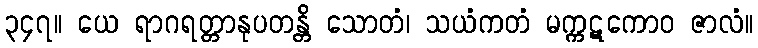
၃၄၇။ ယေ ရာဂရတ္တာနုပတန္တိ သောတံ၊ သယံကတံ မက္ကဋကောဝ ဇာလံ။